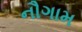
નૌગામ